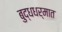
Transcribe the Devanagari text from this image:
बुद्धधर्मात